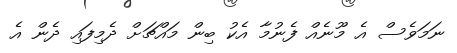
ނަމަވެސް އެ މޫނެއް ފެނުމާ އެކު ބިން މައްޗަށް ދެމިފައި ދެން އެ